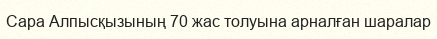
Сара Алпысқызының 70 жас толуына арналған шаралар